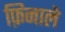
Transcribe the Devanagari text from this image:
फ़िनाले